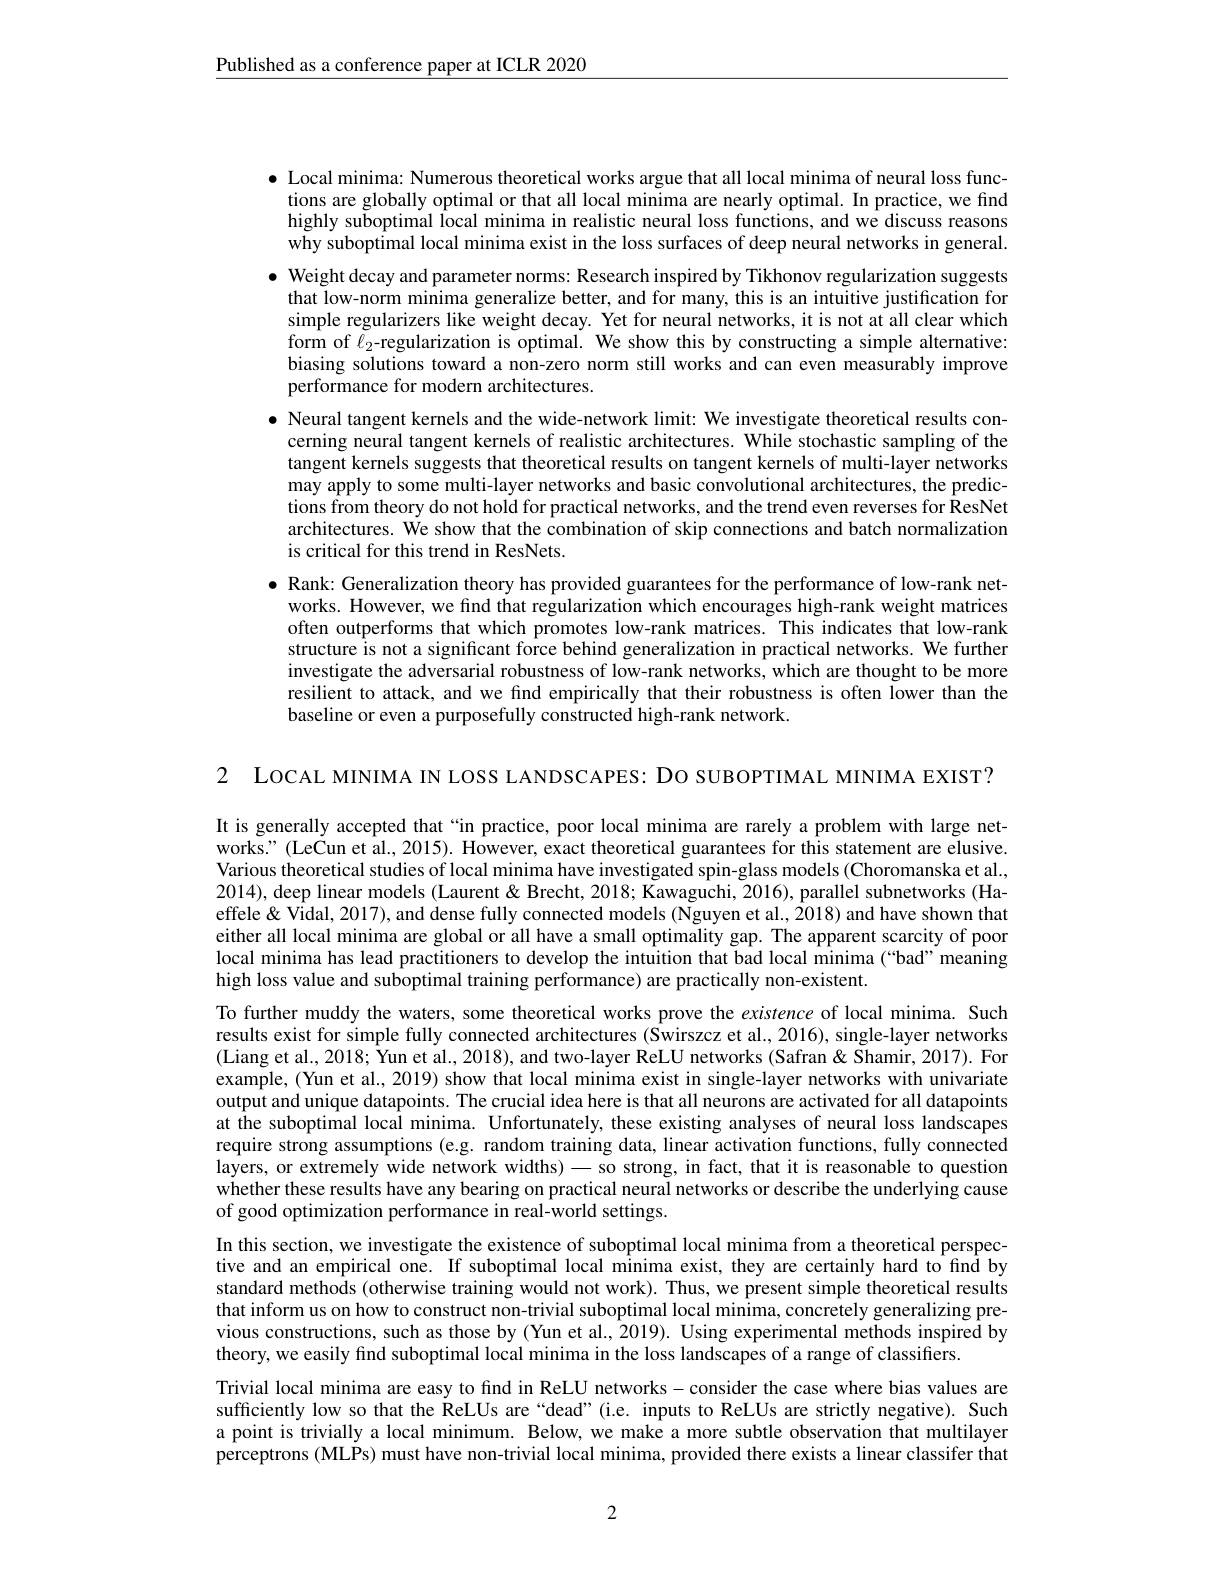
$\underline{\text{Published as a conference paper at ICLR 2020}}$

$\bullet$ Local minima: Numerous theoretical works argue that all local minima of neural loss func-
tions are globally optimal or that all local minima are nearly optimal. In practice, we find highly suboptimal local minima in realistic neural loss functions, and we discuss reasons why suboptimal local minima exist in the loss surfaces of deep neural networks in general.
$\bullet$ Weight decay and parameter norms: Research inspired by Tikhonov regularization suggests
that low-norm minima generalize better, and for many, this is an intuitive justification for simple regularizers like weight decay. Yet for neural networks, it is not at all clear which form of $\ell_2$-regularization is optimal. We show this by constructing a simple alternative: biasing solutions toward a non-zero norm still works and can even measurably improve performance for modern architectures.
$\bullet$ Neural tangent kernels and the wide-network limit: We investigate theoretical results con-
cerning neural tangent kernels of realistic architectures. While stochastic sampling of the tangent kernels suggests that theoretical results on tangent kernels of multi-layer networks may apply to some multi-layer networks and basic convolutional architectures, the predictions from theory do not hold for practical networks, and the trend even reverses for ResNet architectures. We show that the combination of skip connections and batch normalization is critical for this trend in ResNets.
$\bullet$ Rank: Generalization theory has provided guarantees for the performance of low-rank net-
works. However, we find that regularization which encourages high-rank weight matrices often outperforms that which promotes low-rank matrices. This indicates that low-rank structure is not a significant force behind generalization in practical networks. We further investigate the adversarial robustness of low-rank networks, which are thought to be more resilient to attack, and we find empirically that their robustness is often lower than the baseline or even a purposefully constructed high-rank network.

2 LOCAL MINIMA IN LOSS LANDSCAPES: DO SUBOPTIMAL MINIMA EXIST?

It is generally accepted that “in practice, poor local minima are rarely a problem with large networks." (LeCun et al., 2015). However, exact theoretical guarantees for this statement are elusive. Various theoretical studies of local minima have investigated spin-glass models (Choromanska et al. 2014), deep linear models (Laurent & Brecht, 2018; Kawaguchi, 2016), parallel subnetworks (Haeffele & Vidal, 2017), and dense fully connected models (Nguyen et al., 2018) and have shown that either all local minima are global or all have a small optimality gap. The apparent scarcity of poor local minima has lead practitioners to develop the intuition that bad local minima (“bad”meaning high loss value and suboptimal training performance) are practically non-existent.
To further muddy the waters, some theoretical works prove the existence of local minima. Such results exist for simple fully connected architectures ($\hat{\text{Swirszczetal.,2016),single-layer networks}}$ (Liang et al., 2018; Yun et al., 2018), and two-layer ReLU networks (Safran & Shamir, 2017). For example, (Yun et al., 2019) show that local minima exist in single-layer networks with univariate output and unique datapoints. The crucial idea here is that all neurons are activated for all datapoints at the suboptimal local minima. Unfortunately, these existing analyses of neural loss landscapes require strong assumptions (e.g. random training data, linear activation functions, fully connected layers, or extremely wide network widths) - so strong, in fact, that it is reasonable to question whether these results have any bearing on practical neural networks or describe the underlying cause of good optimization performance in real-world settings.
In this section, we investigate the existence of suboptimal local minima from a theoretical perspective and an empirical one. If suboptimal local minima exist, they are certainly hard to find by standard methods (otherwise training would not work). Thus, we present simple theoretical results that inform us on how to construct non-trivial suboptimal local minima, concretely generalizing previous constructions, such as those by (Yun et al., 2019). Using experimental methods inspired by theory, we easily find suboptimal local minima in the loss landscapes of a range of classifiers.
Trivial local minima are easy to find in ReLU networks-consider the case where bias values are sufficiently low so that the ReLUs are “dead”(i.e. inputs to ReLUs are strictly negative). Such a point is trivially a local minimum. Below, we make a more subtle observation that multilayer perceptrons (MLPs) must have non-trivial local minima, provided there exists a linear classifer that

2